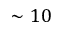
\sim 1 0